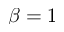
\beta = 1